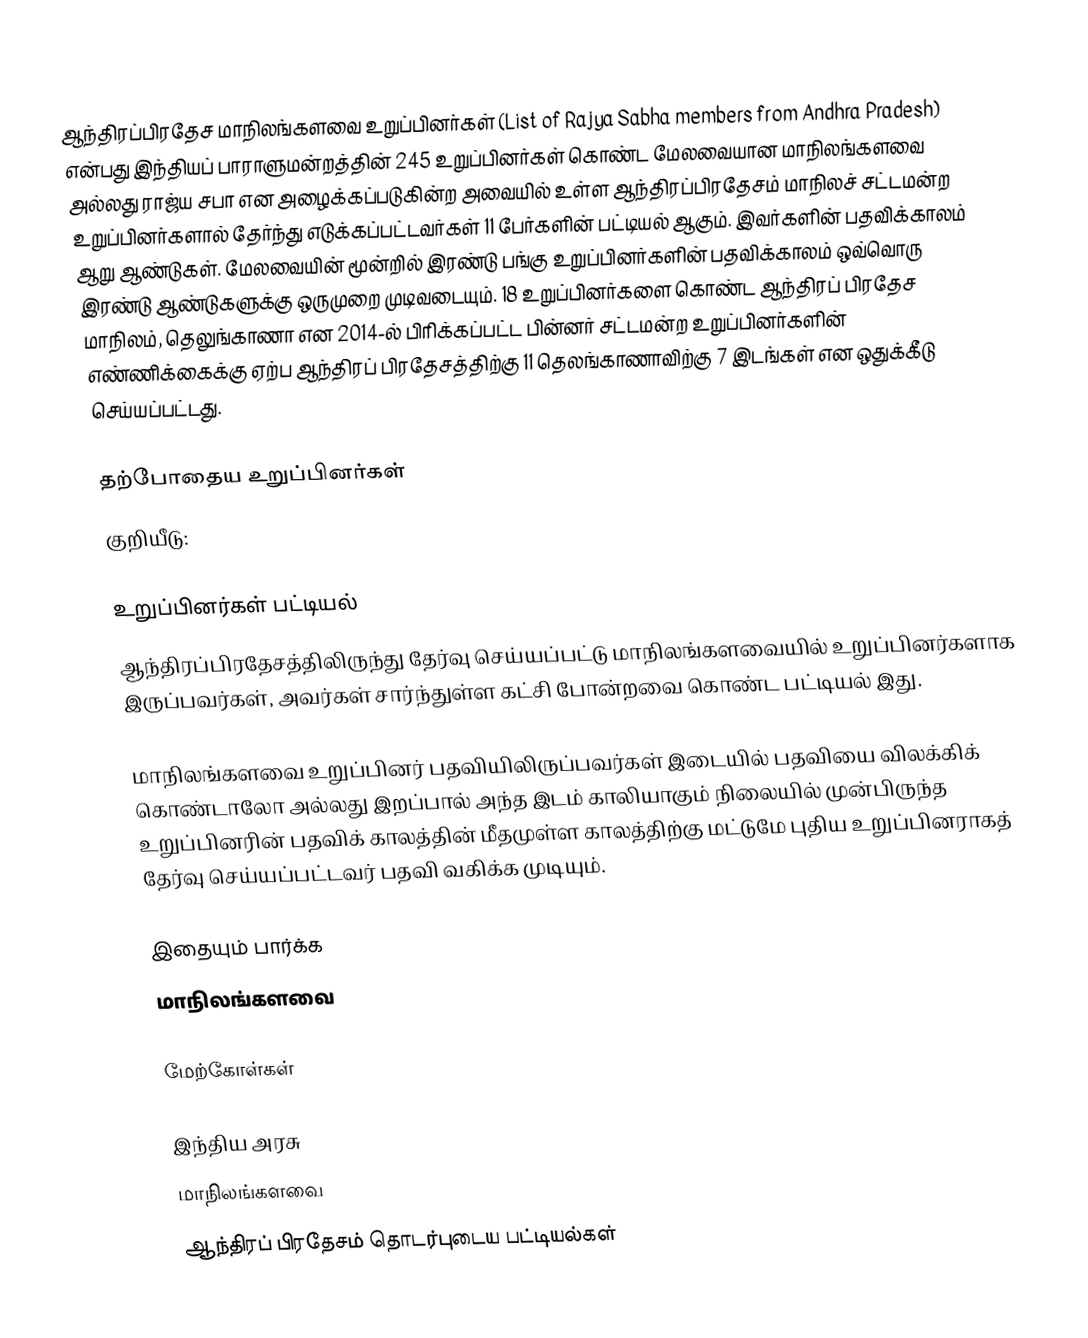
ஆந்திரப்பிரதேச மாநிலங்களவை உறுப்பினர்கள் (List of Rajya Sabha members from Andhra Pradesh) என்பது இந்தியப் பாராளுமன்றத்தின் 245 உறுப்பினர்கள் கொண்ட மேலவையான மாநிலங்களவை அல்லது ராஜ்ய சபா என அழைக்கப்படுகின்ற அவையில் உள்ள ஆந்திரப்பிரதேசம் மாநிலச் சட்டமன்ற உறுப்பினர்களால் தேர்ந்து எடுக்கப்பட்டவர்கள் 11 பேர்களின் பட்டியல் ஆகும். இவர்களின் பதவிக்காலம் ஆறு ஆண்டுகள். மேலவையின் மூன்றில் இரண்டு பங்கு உறுப்பினர்களின் பதவிக்காலம் ஒவ்வொரு இரண்டு ஆண்டுகளுக்கு ஒருமுறை முடிவடையும். 18 உறுப்பினர்களை கொண்ட ஆந்திரப் பிரதேச மாநிலம், தெலுங்காணா என 2014-ல் பிரிக்கப்பட்ட பின்னர் சட்டமன்ற உறுப்பினர்களின் எண்ணிக்கைக்கு ஏற்ப ஆந்திரப் பிரதேசத்திற்கு 11 தெலங்காணாவிற்கு 7 இடங்கள் என ஒதுக்கீடு செய்யப்பட்டது.

தற்போதைய உறுப்பினர்கள்
குறியீடு:

உறுப்பினர்கள் பட்டியல்
ஆந்திரப்பிரதேசத்திலிருந்து தேர்வு செய்யப்பட்டு மாநிலங்களவையில் உறுப்பினர்களாக இருப்பவர்கள், அவர்கள் சார்ந்துள்ள கட்சி போன்றவை கொண்ட பட்டியல் இது.

 மாநிலங்களவை உறுப்பினர் பதவியிலிருப்பவர்கள் இடையில் பதவியை விலக்கிக் கொண்டாலோ அல்லது இறப்பால் அந்த இடம் காலியாகும் நிலையில் முன்பிருந்த உறுப்பினரின் பதவிக் காலத்தின் மீதமுள்ள காலத்திற்கு மட்டுமே புதிய உறுப்பினராகத் தேர்வு செய்யப்பட்டவர் பதவி வகிக்க முடியும்.

இதையும் பார்க்க
மாநிலங்களவை

மேற்கோள்கள்

இந்திய அரசு
மாநிலங்களவை
ஆந்திரப் பிரதேசம் தொடர்புடைய பட்டியல்கள்